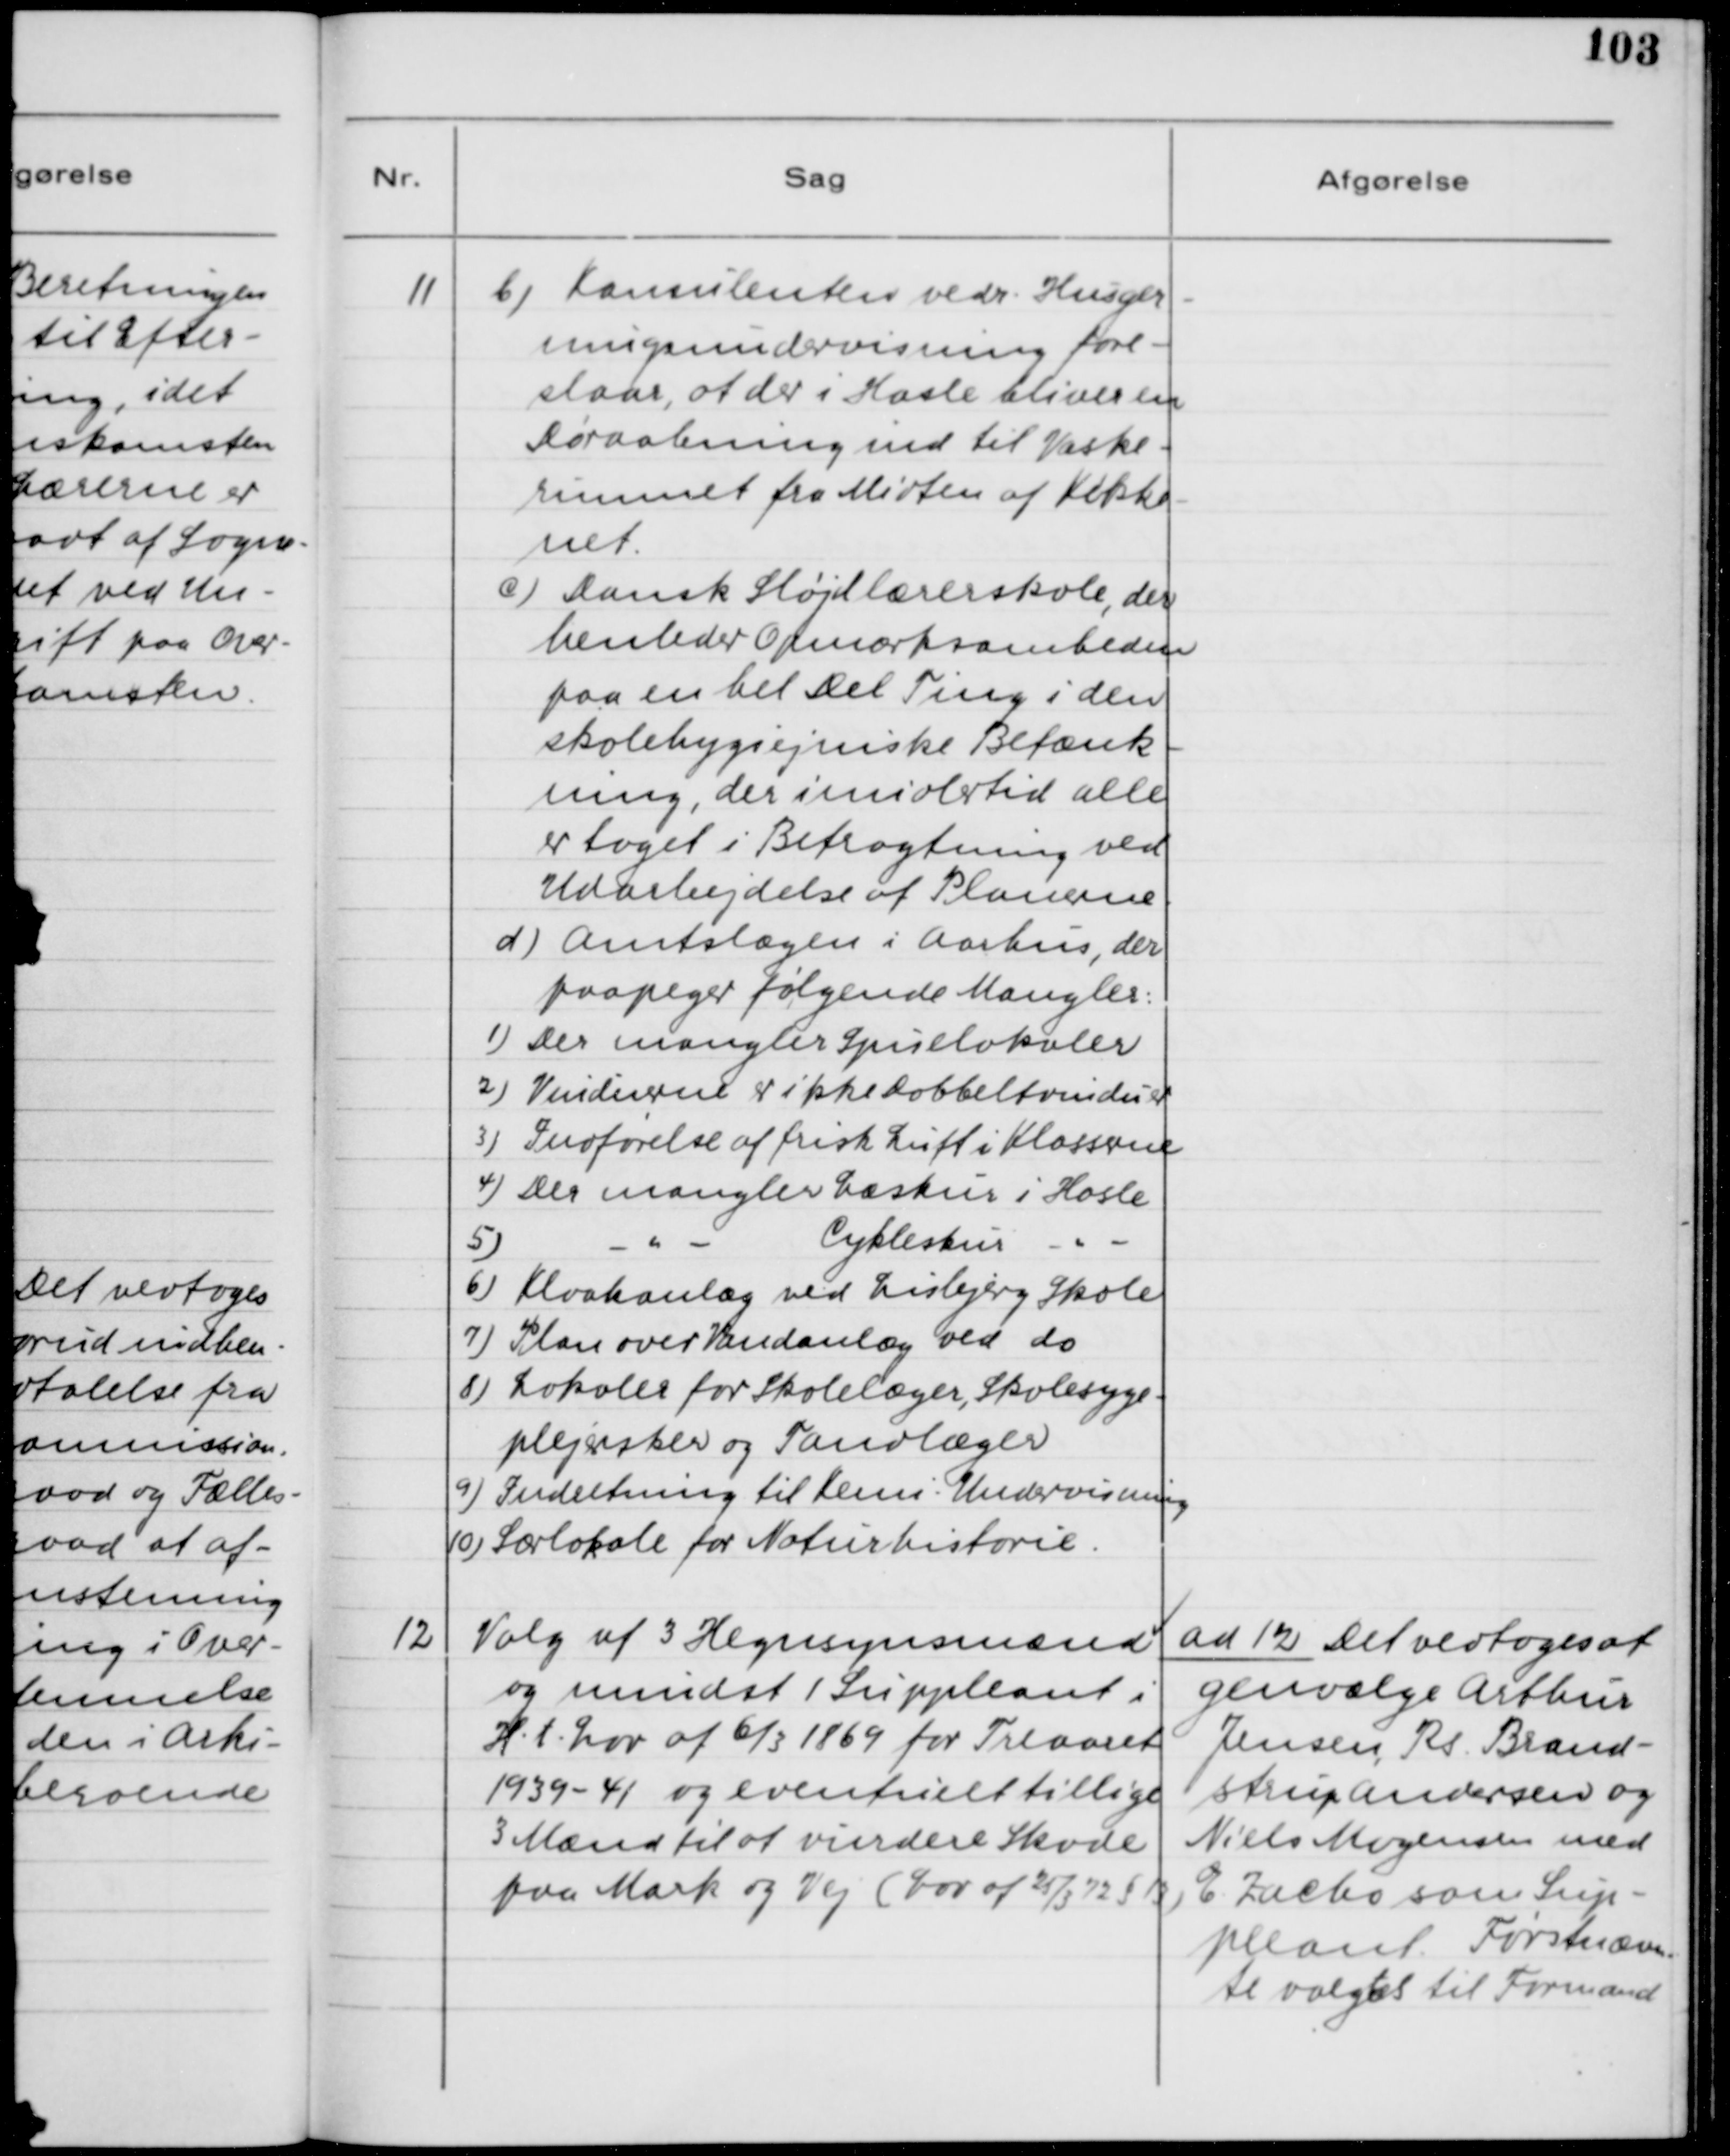
Transskription:
11. b) Konsulenten vedr. Husger-
ningsundervisning fore-
slaar, at der i Hasle bliver en
Døråbning ind til Vaske-
rummet fra Midten af Køkke-
net.
c) Dansk Sløjdlærerskole, der
henleder Opmærksomheden
paa en hel Del Ting i den
skolehygiejniske Betænk-
ning, der imidlertid alle
er taget i Betragtning ved
Udarbejdelse af Planerne.
d) Amtslægen i Aarhus, der
paapeger følgende Mangler:
1) Der mangler Spiselokaler
2) Vinduerne er ikke Dobbeltvinduer
3) Indførelse af frisk Luft i Klasserne
4) Der mangler Læskur i Hasle
5) -"- Cykleskur -"-
6) Kloakanlæg ved Lisbjerg Skole
7) Plan over Vandanlæg ved do.
8) Lokaler for Skolelæger, Skolesyge-
plejersker og Tandlæger
9) Indretning til Kemi - Undervisning
10) Særlokale for Naturhistorie

12 Valg af 3 Hegnssynsmænd
og mindst 1 Suppleant i
H. t. Lov af 6/3 1869 for Treaaret
1939-41 og eventuelt tillige
3 Mænd til at vurdere Skode
paa Mark og Vej (Lov af 25/3 72 § 13)

ad 12. Det vedtoges at
genvælge Arthur
Jensen, Rs. Brand-
strup Andersen og
Niels Mogensen med
E. Zacho som Sup-
leant. Førstenævn-
te valgtes til Formand.